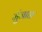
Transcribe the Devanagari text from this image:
मुंजाळ